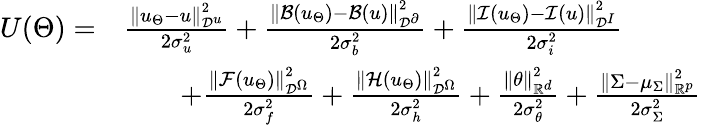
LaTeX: \begin{array}{rl}{U(\Theta)=}&{\frac{\left\| u_{\Theta}-u\right\| _{\mathcal{D}^{u}}^{2}}{2\sigma_{u}^{2}}+\frac{\left\| \mathcal{B}(u_{\Theta})-\mathcal{B}(u)\right\| _{\mathcal{D}^{\partial}}^{2}}{2\sigma_{b}^{2}}+\frac{\left\| \mathcal{I}(u_{\Theta})-\mathcal{I}(u)\right\| _{\mathcal{D}^{I}}^{2}}{2\sigma_{i}^{2}}}\\ &{\qquad+\frac{\left\| \mathcal{F}(u_{\Theta})\right\| _{\mathcal{D}^{\Omega}}^{2}}{2\sigma_{f}^{2}}+\frac{\left\| \mathcal{H}(u_{\Theta})\right\| _{\mathcal{D}^{\Omega}}^{2}}{2\sigma_{h}^{2}}+\frac{\left\| \theta\right\| _{\mathbb{R}^{d}}^{2}}{2\sigma_{\theta}^{2}}+\frac{\left\| \Sigma-\mu_{\Sigma}\right\| _{\mathbb{R}^{p}}^{2}}{2\sigma_{\Sigma}^{2}}}\end{array}